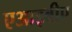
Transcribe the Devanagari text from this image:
एआइबीए